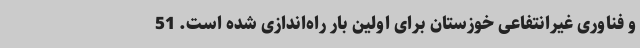
و فناوری غیرانتفاعی خوزستان برای اولین بار راه‌اندازی شده است. 51